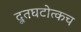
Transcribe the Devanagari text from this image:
दूतघटोत्कच